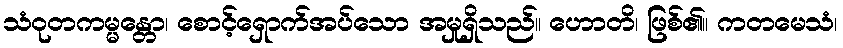
သံဝုတကမ္မန္တော၊ စောင့်ရှောက်အပ်သော အမှုရှိသည်။ ဟောတိ၊ ဖြစ်၏။ ကတမေသံ၊